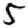
Digit: 5